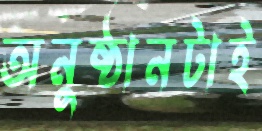
অনুষ্ঠানটাই